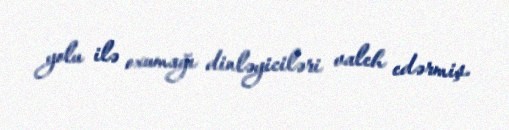
yolu ilə oxumağı dinləyiciləri valeh edərmiş.